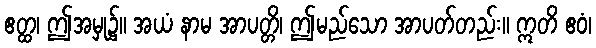
ဧတ္ထ၊ ဤအမှု၌။ အယံ နာမ အာပတ္တိ၊ ဤမည်သော အာပတ်တည်း။ ဣတိ ဧဝံ၊